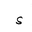
Letter: _hamza